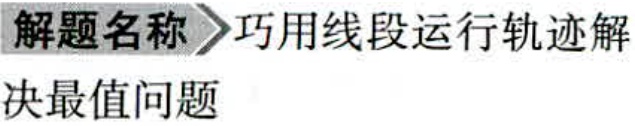
解题名称$\rhd$巧用线段运行轨迹解决最值问题